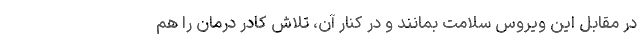
در مقابل این ویروس سلامت بمانند و در کنار آن، تلاش کادر درمان را هم